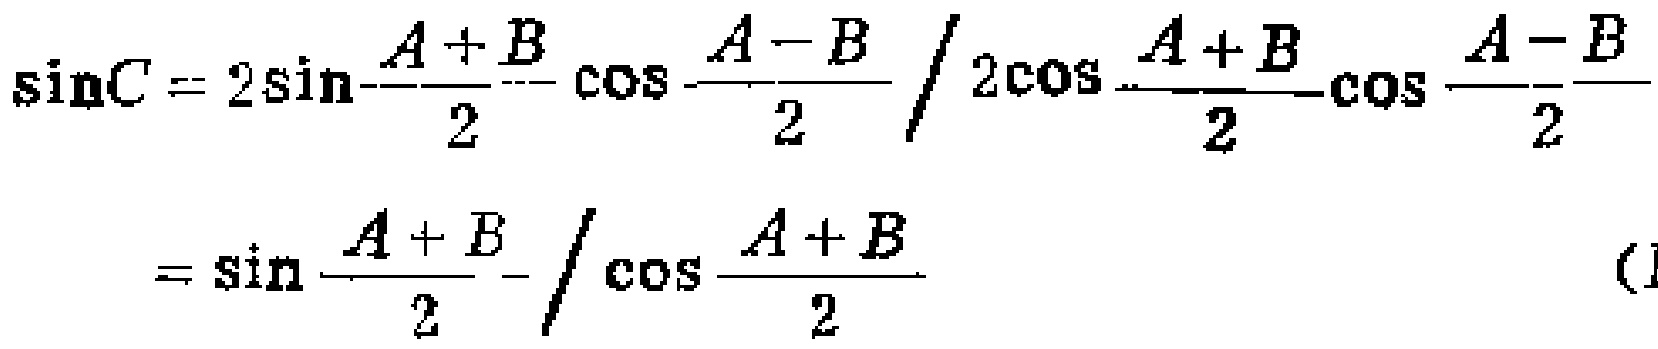
\[\begin{align*}

\sin C&= 2\sin\frac{A + B}{2}\cos\frac{A - B}{2}/2\cos\frac{A + B}{2}\cos\frac{A - B}{2}\\

&= \sin\frac{A + B}{2}/\cos\frac{A + B}{2}

\end{align*}\]